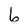
Character: 6